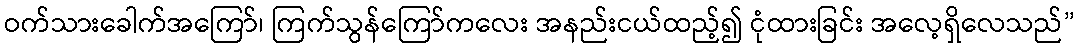
ဝက်သားခေါက်အကြော်၊ ကြက်သွန်ကြော်ကလေး အနည်းငယ်ထည့်၍ ငုံထားခြင်း အလေ့ရှိလေသည်”